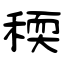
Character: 稬